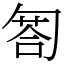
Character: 匒